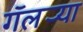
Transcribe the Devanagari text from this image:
गॅलर्‍या